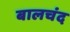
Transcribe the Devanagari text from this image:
बालचंद